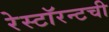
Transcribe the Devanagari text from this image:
रेस्टॉरन्टची